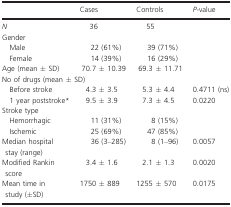
|  | Cases | Controls | P-value |
 | --- | --- | --- | --- |
 | N | 36 | 55 |  |
 | <COLSPAN=4> Gender |
 | Male | 22 (61%) | 39 (71%) |  |
 | Female | 14 (39%) | 16 (29%) |  |
 | Age (mean ± SD) | 70.7 ± 10.39 | 69.3 ± 11.71 |  |
 | <COLSPAN=4> No of drugs (mean ± SD) |
 | Before stroke | 4.3 ± 3.5 | 5.3 ± 4.4 | 0.4711 (ns) |
 | 1 year poststroke* | 9.5 ± 3.9 | 7.3 ± 4.5 | 0.0220 |
 | <COLSPAN=4> Stroke type |
 | Hemorrhagic | 11 (31%) | 8 (15%) |  |
 | Ischemic | 25 (69%) | 47 (85%) |  |
 | Median hospital stay (range) | 36 (3–285) | 8 (1–96) | 0.0057 |
 | Modified Rankin score | 3.4 ± 1.6 | 2.1 ± 1.3 | 0.0020 |
 | Mean time in study (±SD) | 1750 ± 889 | 1255 ± 570 | 0.0175 |